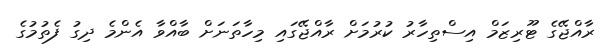
ރާއްޖޭގެ ޓޫރިޒަމް އިސްތިހާރު ކުރުމަށް ރާއްޖޭގައި މިހާތަނަށް ބާއްވާ އެންމެ ދިގު ފެތުމުގެ